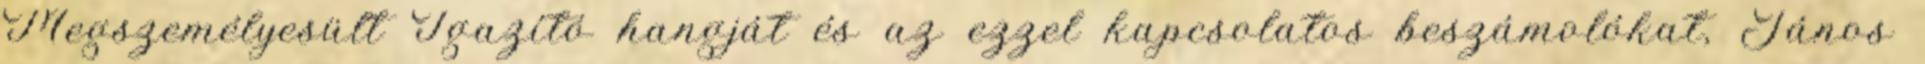
Megszemélyesült Igazító hangját és az ezzel kapcsolatos beszámolókat, János